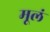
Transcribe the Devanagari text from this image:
मूलं